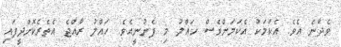
ވެދާނެ އެވެ. އެކަމަކު އެކަމަށްވެސް ހައްލު މި ފެނުނީއެވެ. ހައްލު ރާއްޖެ އެތެރެކޮށްދީފައި